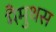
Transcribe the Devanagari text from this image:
मैमुथस